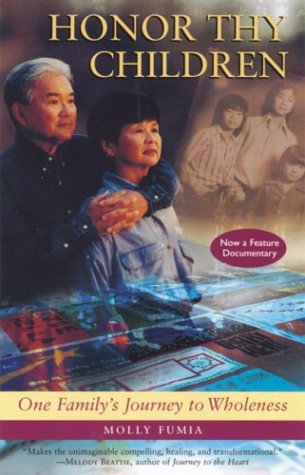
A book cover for Honor Thy Children: One Family's Journey to Wholeness; Molly Fumia; Gay & Lesbian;